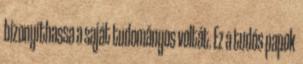
bizonyíthassa a saját tudományos voltát. Ez a tudós papok